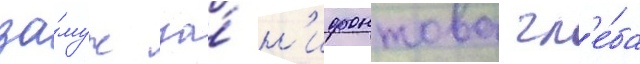
за́муж за́ н'ифонтова гл'е́ба